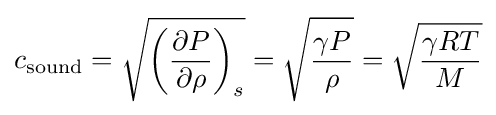
c_{\text{sound}}={\sqrt {\left({\frac {\partial P}{\partial \rho }}\right)_{s}}}={\sqrt {\frac {\gamma P}{\rho }}}={\sqrt {\frac {\gamma RT}{M}}}